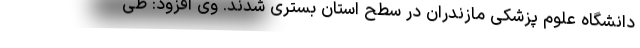
دانشگاه علوم پزشکی مازندران در سطح استان بستری شدند. وی افزود: طی